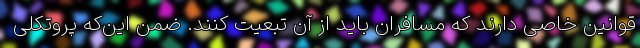
قوانین خاصی دارند که مسافران باید از آن تبعیت کنند. ضمن این‌که پروتکلی